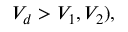
V _ { d } > V _ { 1 } , V _ { 2 } ) ,